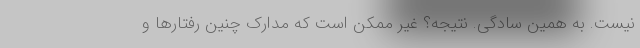
نیست. به همین سادگی. نتیجه؟ غیر ممکن است که مدارک چنین رفتارها و